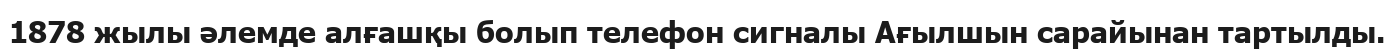
1878 жылы әлемде алғашқы болып телефон сигналы Ағылшын сарайынан тартылды.